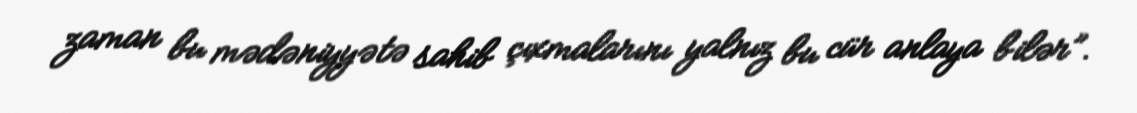
zaman bu mədəniyyətə sahib çıxmalarını yalnız bu cür anlaya bilər”.